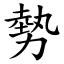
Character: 勢